Annual report on the Civil Veterinary Department, Burma (including the Insein Veterinary School) - 1932-1941
Year: 1932
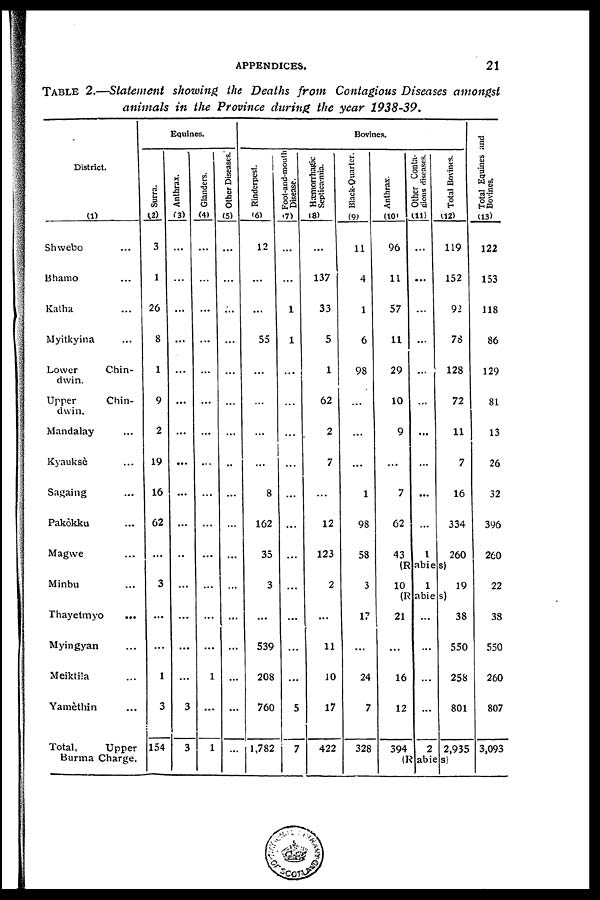
APPENDICES.
21
TABLE 2.—Statement showing the Deaths from Contagious Diseases amongst
animals in the Province during the year 1938-39.
District.
(1)
Shwebo ...
Bhamo ...
Katha ...
Myitkyina ...
Lower
Chin-
dwin.
Upper
Chin-
dwin.
Mandalay ...
Kyauksè ...
Sagaing ...
Pakôkku ...
Magwe ...
Minbu ...
Thayetmyo ...
Myingyan ...
Meiktila ...
Yamèthin ...
Total,
Upper
Burma Charge.
Equines.
Surra.
(2)
3
1
26
8
1
9
2
19
16
62
...
3
...
...
1
3
154
Anthrax.
(3)
...
...
...
...
...
...
...
...
...
...
...
...
...
...
...
3
3
Glanders.
(4)
...
...
...
...
...
...
...
...
...
...
...
...
...
...
1
...
1
Other Diseases.
(5)
...
...
...
...
...
...
...
...
...
...
...
...
...
...
...
...
...
Bovines.
Rinderpest.
(6)
12
...
...
55
...
...
...
...
8
162
35
3
...
539
208
760
1,782
Foot-and-mouth
Disease.
(7)
...
...
1
1
...
...
...
...
...
...
...
...
...
...
...
5
7
Hæmiorrhagic
Septicæmia.
(8)
...
137
33
5
1
62
2
7
...
12
123
2
...
11
10
17
422
Black-Quarter.
(9)
11
4
1
6
98
...
...
...
1
98
58
3
17
...
24
7
328
Anthrax.
(10)
96
11
57
11
29
10
9
...
7
62
43
Other Conta-
gious diseases.
(11)
...
...
...
...
...
...
...
...
...
...
1
Total Bovines.
(12)
119
152
92
7S
128
72
11
7
16
334
260
(Rabies)
10
1
19
(Rabies)
21
...
16
12
394
...
...
...
...
2
38
550
258
801
2,935
(Rabies)
Total Equines and
Bovines.
(13)
122
153
118
86
129
81
13
26
32
396
260
22
38
550
260
807
3,093